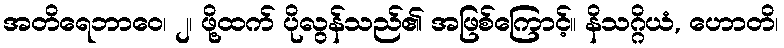
အတိရေဘာဝေ၊ ၂၊ ဖို့ထက် ပိုလွန်သည်၏ အဖြစ်ကြောင့်။ နိသဂ္ဂိယံ, ဟောတိ၊